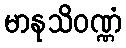
မာနုသိဝဏ္ဏံ